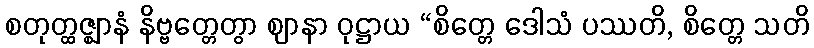
စတုတ္ထဇ္ဈာနံ နိဗ္ဗတ္တေတွာ ဈာနာ ဝုဋ္ဌာယ “စိတ္တေ ဒေါသံ ပဿတိ, စိတ္တေ သတိ